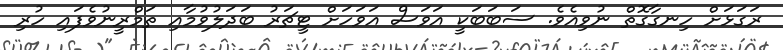
ރަގަޅަށް ހިނގާގޮތް ނުވިއެވެ. ސަބަބަކީ އަވަސް އަވަހަށް ޓީޗަރު ބަދަލުވުމާއި ތަމްރީނުވެފައި ހުރި